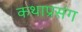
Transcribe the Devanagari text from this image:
कथाप्रसंग